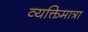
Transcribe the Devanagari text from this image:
व्यक्तिमात्रा